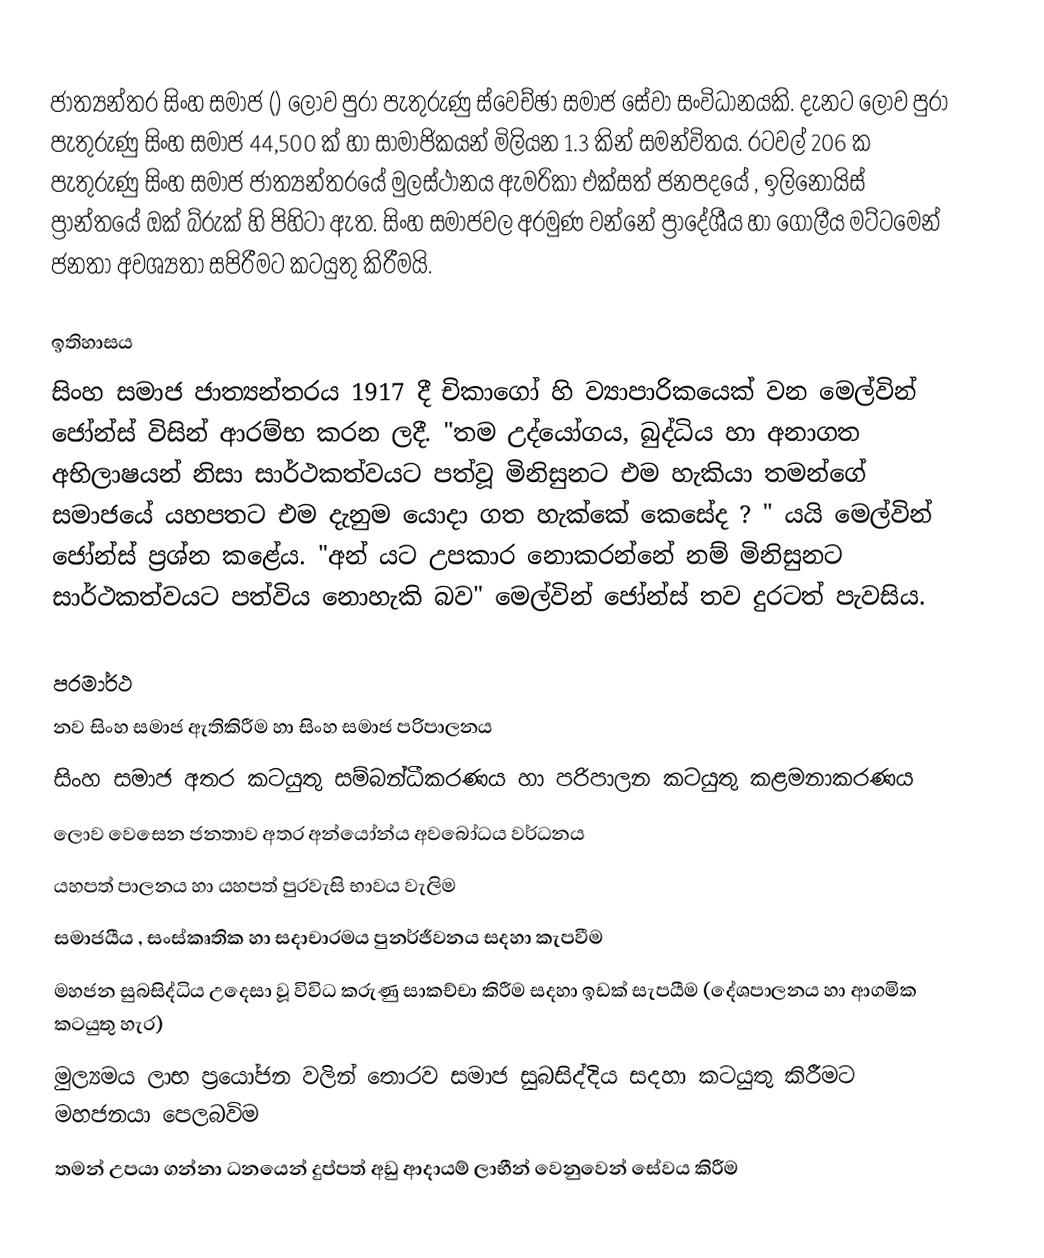
ජාත්‍යන්තර සිංහ සමාජ () ලොව පුරා පැතුරුණු ස්වෙච්ඡා සමාජ සේවා සංවිධානයකි. දැනට ලොව පුරා පැතුරුණු සිංහ සමාජ 44,500 ක් හා සාමාජිකයන් මිලියන 1.3 කින් සමන්විතය. රටවල් 206 ක පැතුරුණු සිංහ සමාජ ජාත්‍යන්තරයේ මුලස්ථානය ඇමරිකා එක්සත් ජනපදයේ , ඉලිනොයිස් ප්‍රාන්තයේ ඔක් බ්රුක් හි පිහිටා ඇත. සිංහ සමාජවල අරමුණ වන්නේ ප්‍රාදේශීය හා ගෝලීය මට්ටමෙන් ජනතා අවශ්‍යතා සපිරීමට  කටයුතු කිරීමයි.

ඉතිහාසය
සිංහ සමාජ ජාත්‍යන්තරය 1917 දී චිකාගෝ හි ව්‍යාපාරිකයෙක් වන මෙල්වින් ජෝන්ස් විසින් ආරම්භ කරන ලදී. "තම උද්යෝගය, බුද්ධිය හා අනාගත අභිලාෂයන් නිසා සාර්ථකත්වයට පත්වූ මිනිසුනට එම හැකියා තමන්ගේ සමාජයේ යහපතට එම දැනුම යොදා ගත හැක්කේ කෙසේද ? " යයි මෙල්වින් ජෝන්ස් ප්‍රශ්න කළේය. "අන් යට උපකාර නොකරන්නේ නම් මිනිසුනට සාර්ථකත්වයට පත්විය නොහැකි බව" මෙල්වින් ජෝන්ස් තව දුරටත් පැවසිය.

පරමාර්ථ
 නව සිංහ සමාජ ඇතිකිරීම හා සිංහ සමාජ පරිපාලනය
 සිංහ සමාජ අතර කටයුතු සම්බන්ධීකරණය හා පරිපාලන කටයුතු කළමනාකරණය
 ලොව වෙසෙන ජනතාව අතර අන්යෝන්ය අවබෝධය වර්ධනය
 යහපත් පාලනය හා යහපත් පුරවැසි භාවය වැලිම
 සමාජයීය , සංස්කෘතික හා සදාචාරමය පුනර්ජීවනය සදහා කැපවීම
 මහජන සුබසිද්ධිය උදෙසා වූ විවිධ කරුණු සාකච්චා කිරීම සදහා ඉඩක් සැපයීම (දේශපාලනය හා ආගමික කටයුතු හැර)
 මුල්‍යමය ලාභ ප්‍රයෝජන වලින් තොරව සමාජ සුබසිද්දිය සදහා කටයුතු කිරීමට මහජනයා පෙලබවිම
තමන් උපයා ගන්නා ධනයෙන් දුප්පත් අඩු ආදායම් ලාභීන් වෙනුවෙන් සේවය කිරීම